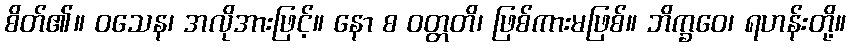
စိတ်၏။ ဝသေန၊ အလိုအားဖြင့်။ နော စ ဝတ္တတိ၊ ဖြစ်ကားမဖြစ်။ ဘိက္ခဝေ၊ ရဟန်းတို့။